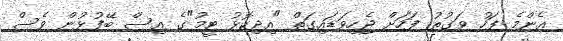
އެންމެ ފަހު ވަގުތު ފަހަށް ޖެހިވަޑައިގަތް "އިދިކޮޅު ޓީމު"ގެ އިސް ބޭފުޅުން ވެސް